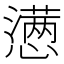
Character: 懑